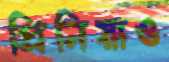
প্রিনিয়াও